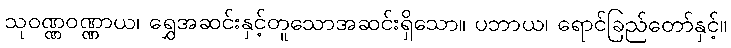
သုဝဏ္ဏဝဏ္ဏာယ၊ ရွှေအဆင်းနှင့်တူသောအဆင်းရှိသော။ ပဘာယ၊ ရောင်ခြည်တော်နှင့်။